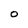
Character: O